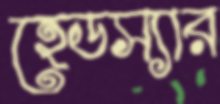
হেডস্যার